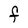
Character: F